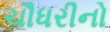
ચૌધરીનો